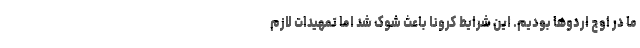
ما در اوج اردوها بودیم. این شرایط کرونا باعث شوک شد اما تمهیدات لازم